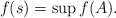
\begin{align*}f(s) = \sup f(A) .\end{align*}